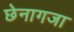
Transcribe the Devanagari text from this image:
छेनागजा